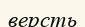
версть